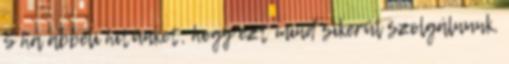
S ha abbeli hitünket, hogy ezt mind sikerül szolgálnunk,